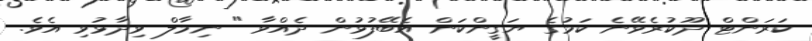
ކަރަންޓް ދޫކުރެވޭނެ ކަމުގެ ޔަގީންކަން އެބޭފުޅުން ދެއްވާ " ނިމާލް ވިދާޅުވި އެވެ.